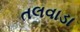
તલવાડા